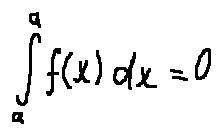
\int \limits _ { a } ^ { a } f ( x ) d x = 0